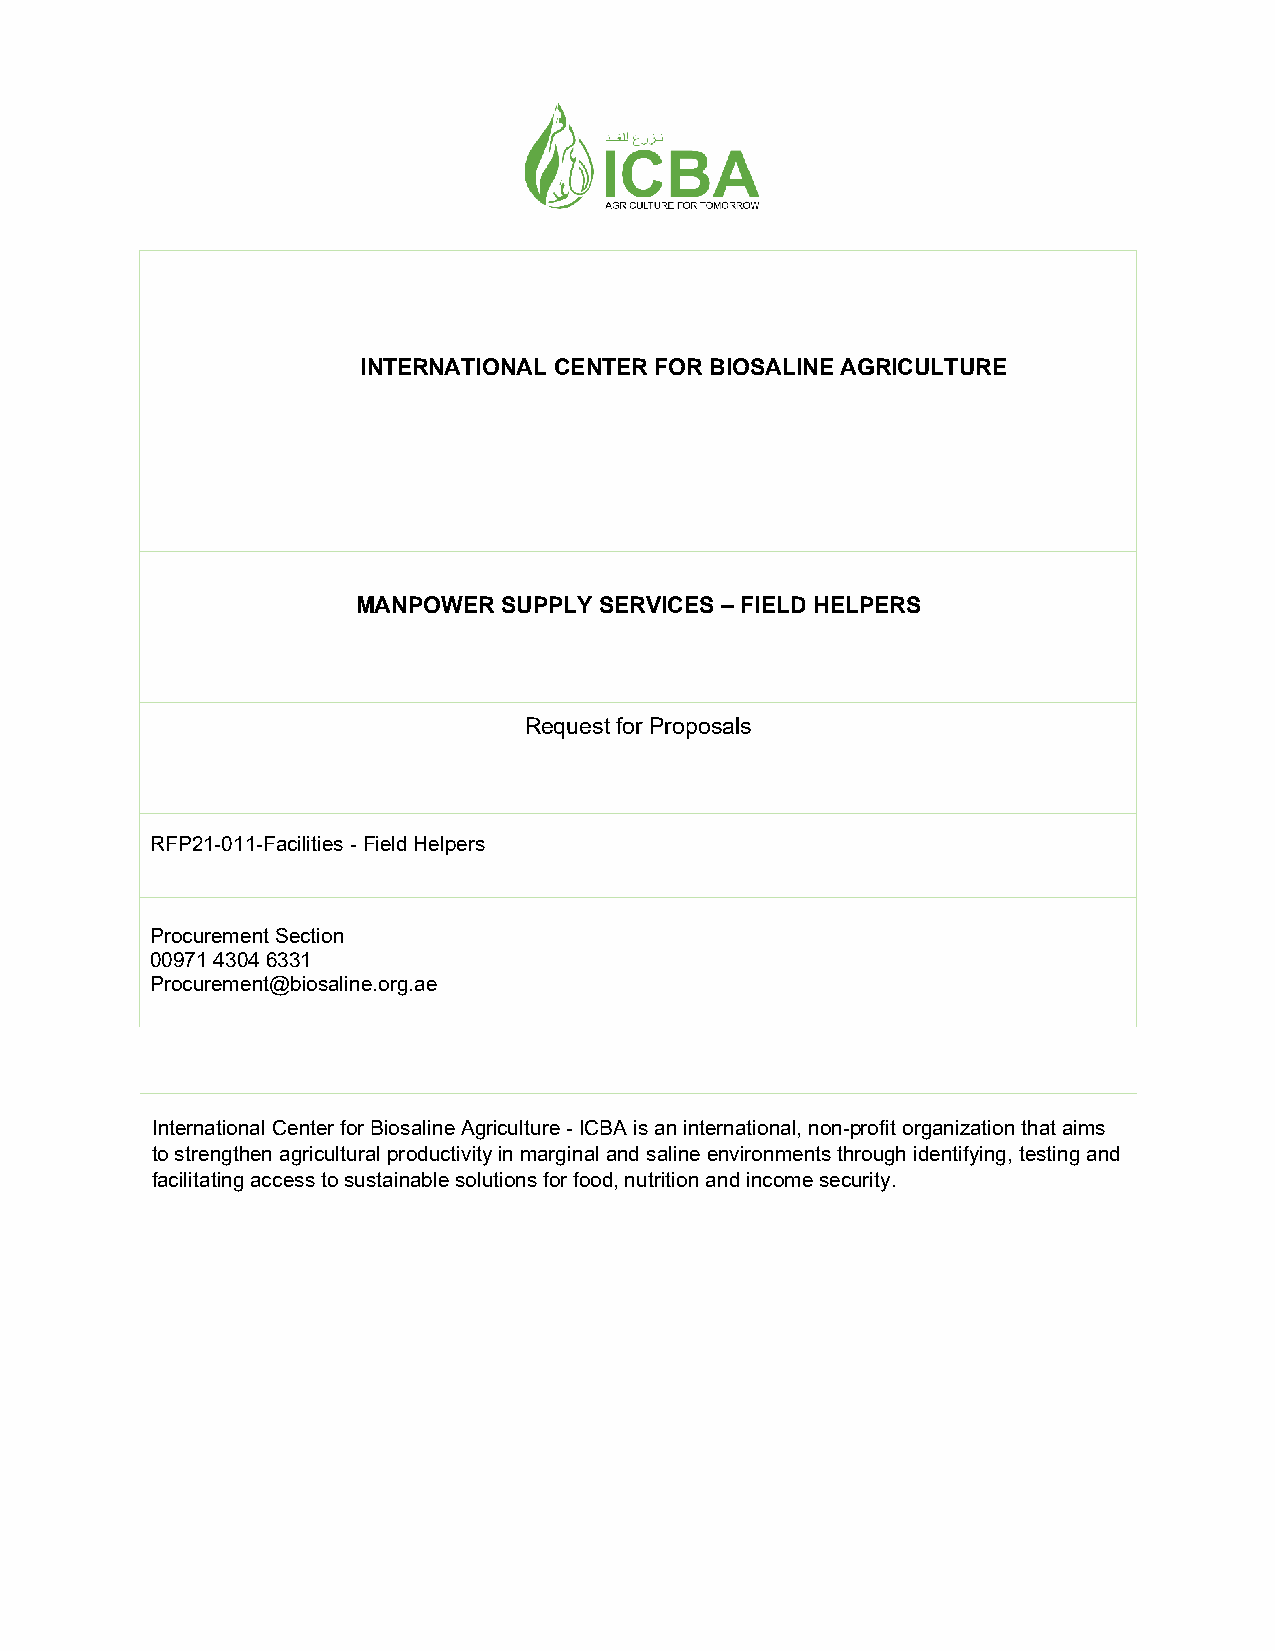
INTERNATIONAL CENTER FOR BIOSALINE AGRICULTURE
 MANPOWER SUPPLY SERVICES – FIELD HELPERS
 Request for Proposals
 RFP21-011-Facilities - Field Helpers
 Procurement Section
 00971 4304 6331
 Procurement@biosaline.org.ae
 International Center for Biosaline Agriculture - ICBA is an international, non-profit organization that aims
 to strengthen agricultural productivity in marginal and saline environments through identifying, testing and
 facilitating access to sustainable solutions for food, nutrition and income security.